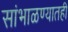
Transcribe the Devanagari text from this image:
सांभाळण्यातही